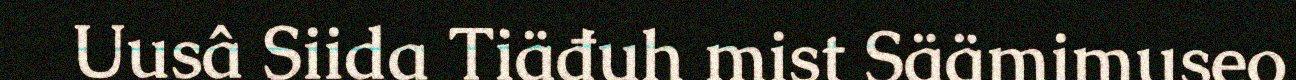
Uusâ Siida Tiäđuh mist Säämimuseo